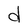
Character: d